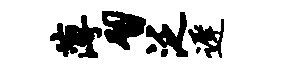
薄习泛迟